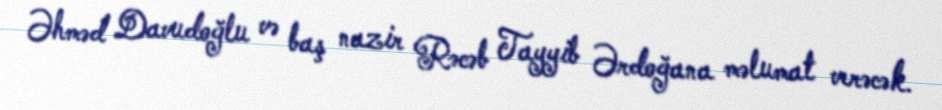
Əhməd Davudoğlu və baş nazir Rəcəb Tayyib Ərdoğana məlumat verəcək.